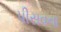
પીસવના